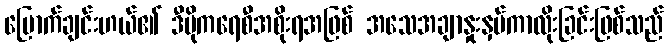
မြောက်ချင်းဟယ်၏ ဒီမိုကရေစီအစိုးရအဖြစ် အသေအချာနှုးနှပ်ကာလိုးခြင်းဖြစ်သည်